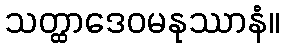
သတ္ထာဒေဝမနုဿာနံ။